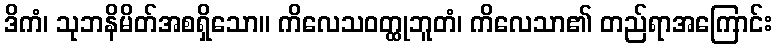
ဒိကံ၊ သုဘနိမိတ်အစရှိသော။ ကိလေသဝတ္ထုဘူတံ၊ ကိလေသာ၏ တည်ရာအကြောင်း